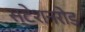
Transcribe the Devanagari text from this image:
स्टेशनरोड